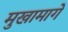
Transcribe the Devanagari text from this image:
मुखामागे